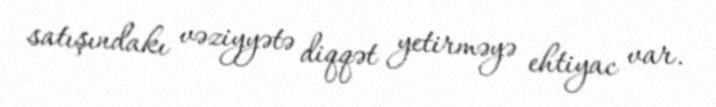
satışındakı vəziyyətə diqqət yetirməyə ehtiyac var.